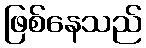
ဖြစ်နေသည်